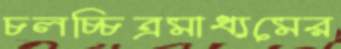
চলচ্চিত্রমাধ্যমের